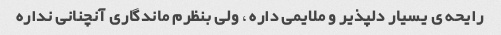
رایحه ی یسیار دلپذیر و ملایمی داره ، ولی بنظرم ماندگاری آنچنانی نداره